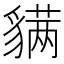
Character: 𬥊